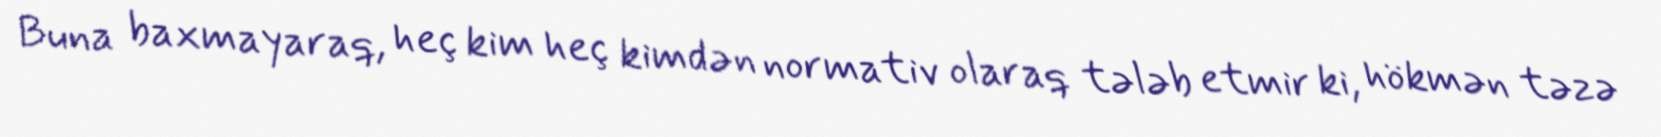
Buna baxmayaraq, heç kim heç kimdən normativ olaraq tələb etmir ki, hökmən təzə